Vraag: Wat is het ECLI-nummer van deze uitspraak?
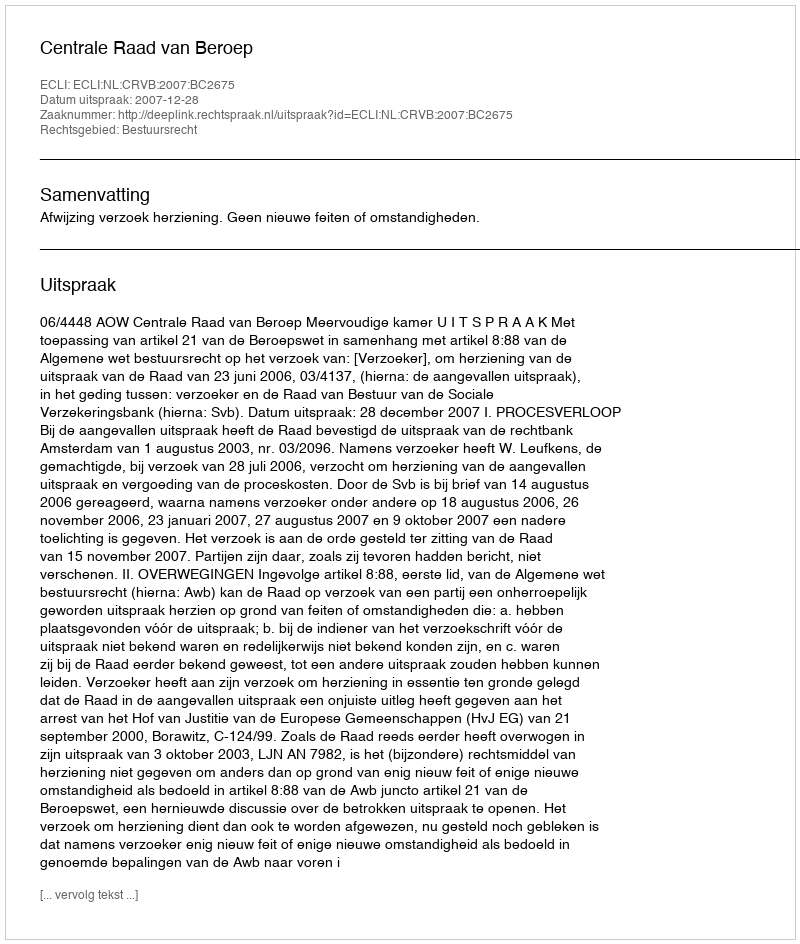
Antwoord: ECLI:NL:CRVB:2007:BC2675